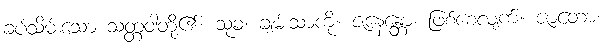
ခပ်သိမ်းသော သတ္တဝါတို့၏။ သုခံ၊ ချမ်းသာကို။ ဇနေန္တော၊ ဖြစ်စေလျက်။ ဇာတော၊